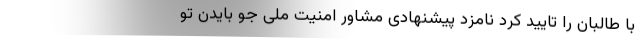
با طالبان را تایید کرد نامزد پیشنهادی مشاور امنیت ملی جو بایدن تو